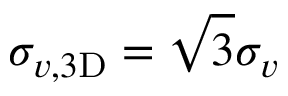
\sigma _ { v , 3 \mathrm { D } } = \sqrt { 3 } \sigma _ { v }